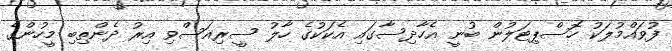
ފުވައްމުލަކު ހޮސްޕިޓަލުން ބުނީ އެހާދިސާގައި އެކަކުގެ ހާލު ސީރިއަސްވި އިރު ދެންތިބި މީހުންގެ